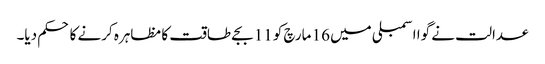
عدالت نے گوا اسمبلی میں 16 مارچ کو 11 بجے طاقت کا مظاہرہ کرنے کا حکم دیا۔